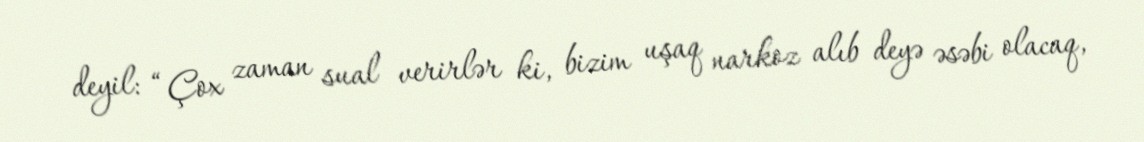
deyil: “Çox zaman sual verirlər ki, bizim uşaq narkoz alıb deyə əsəbi olacaq,